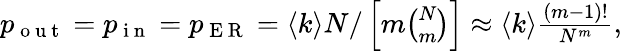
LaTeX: \begin{array}{r}{p_{\mathrm{~o~u~t~}}=p_{\mathrm{~i~n~}}=p_{\mathrm{~E~R~}}=\langle k\rangle N/\left[m\binom{N}{m}\right]\approx\langle k\rangle\frac{(m-1)!}{N^{m}},}\end{array}